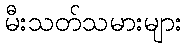
မီးသတ်သမားများ